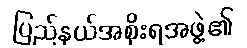
ပြည်နယ်အစိုးရအဖွဲ့၏